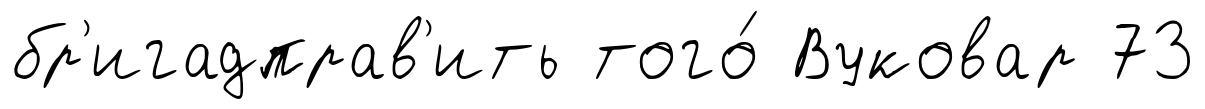
бр'игадправ'ить того́ Вуковар 73